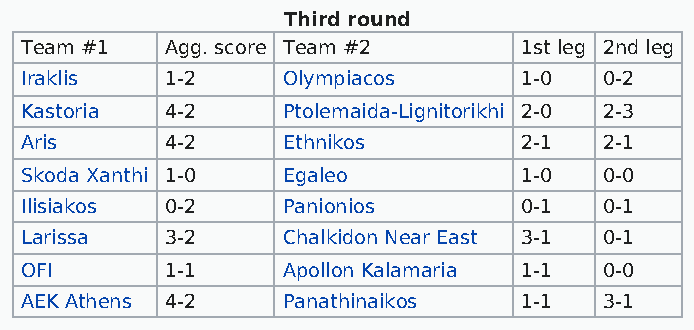
Third round
 Team #1   Agg. score Team #2     1st leg 2nd leg
 Iraklis   1-2     Olympiacos     1-0   0-2
 Kastoria  4-2     Ptolemaida-Lignitorikhi 2-0 2-3
 Aris      4-2     Ethnikos       2-1   2-1
 Skoda Xanthi 1-0  Egaleo         1-0   0-0
 Ilisiakos 0-2     Panionios      0-1   0-1
 Larissa   3-2     Chalkidon Near East 3-1 0-1
 OFI       1-1     Apollon Kalamaria 1-1 0-0
 AEK Athens 4-2    Panathinaikos  1-1   3-1